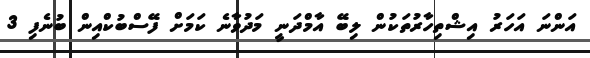
އަންނަ އަހަރު އިޝްތިހާރުތަކުން ލިބޭ އާމްދަނީ މަދުވާނެ ކަމަށް ފޭސްބުކްއިން ބުނެފި 3